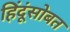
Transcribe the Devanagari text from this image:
हिंदूंसोबत